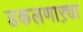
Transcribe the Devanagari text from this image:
ढकलणाऱ्या